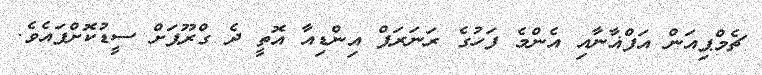
ޗެމްޕިއަން އަފްޣާނާއި އެންމެ ފަހުގެ ރަނަރަޕް އިންޑިއާ އޮތީ ދެ ގްރޫޕަށް ސީޑުކޮށްފައެވެ.